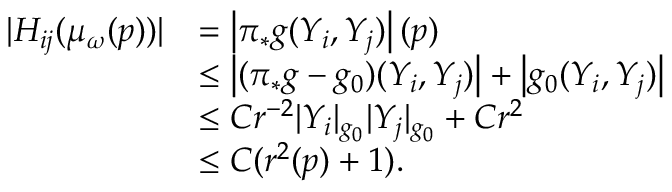
\begin{array} { r l } { | H _ { i j } ( \mu _ { \omega } ( p ) ) | } & { = \left| \pi _ { * } g ( Y _ { i } , Y _ { j } ) \right| ( p ) } \\ & { \leq \left| ( \pi _ { * } g - g _ { 0 } ) ( Y _ { i } , Y _ { j } ) \right| + \left| g _ { 0 } ( Y _ { i } , Y _ { j } ) \right| } \\ & { \leq C r ^ { - 2 } | Y _ { i } | _ { g _ { 0 } } | Y _ { j } | _ { g _ { 0 } } + C r ^ { 2 } } \\ & { \leq C ( r ^ { 2 } ( p ) + 1 ) . } \end{array}